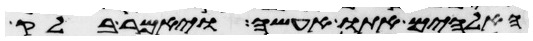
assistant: האלהים אתו אעשה ויאמר בלק